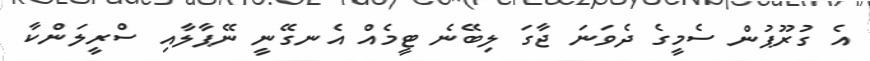
އެ ގުރޫޕުން ސެމީގެ ދެވަނަ ޖާގަ ލިބޭނެ ޓީމެއް އެނގޭނީ ނޭޕާލާއި ސްރީލަންކާ